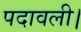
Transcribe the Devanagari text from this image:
पदावली।